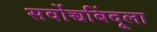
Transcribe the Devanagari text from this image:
सर्वोच्चबिंदूला